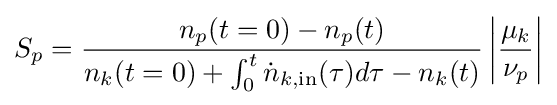
S_{p}={\frac {n_{p}(t=0)-n_{p}(t)}{n_{k}(t=0)+\int _{0}^{t}{\dot {n}}_{k,{\text{in}}}(\tau )d\tau -n_{k}(t)}}\left|{\frac {\mu _{k}}{\nu _{p}}}\right|